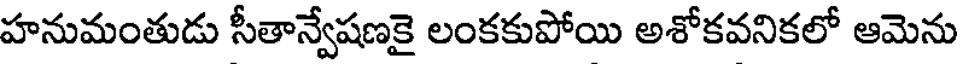
హనుమంతుడు సీతాన్వేషణకై లంకకుపోయి అశోకవనికలో ఆమెను